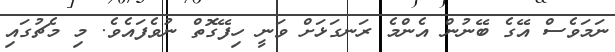
ނަމަވެސް އޭގެ ބޭނުން އެންމެ ރަނގަޅަށް ވަނީ ހިފޭގޮތް ނުވެފައެވެ. މި މެޗުގައި